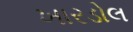
ખારડોલ